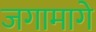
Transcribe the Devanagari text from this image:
जगामागे